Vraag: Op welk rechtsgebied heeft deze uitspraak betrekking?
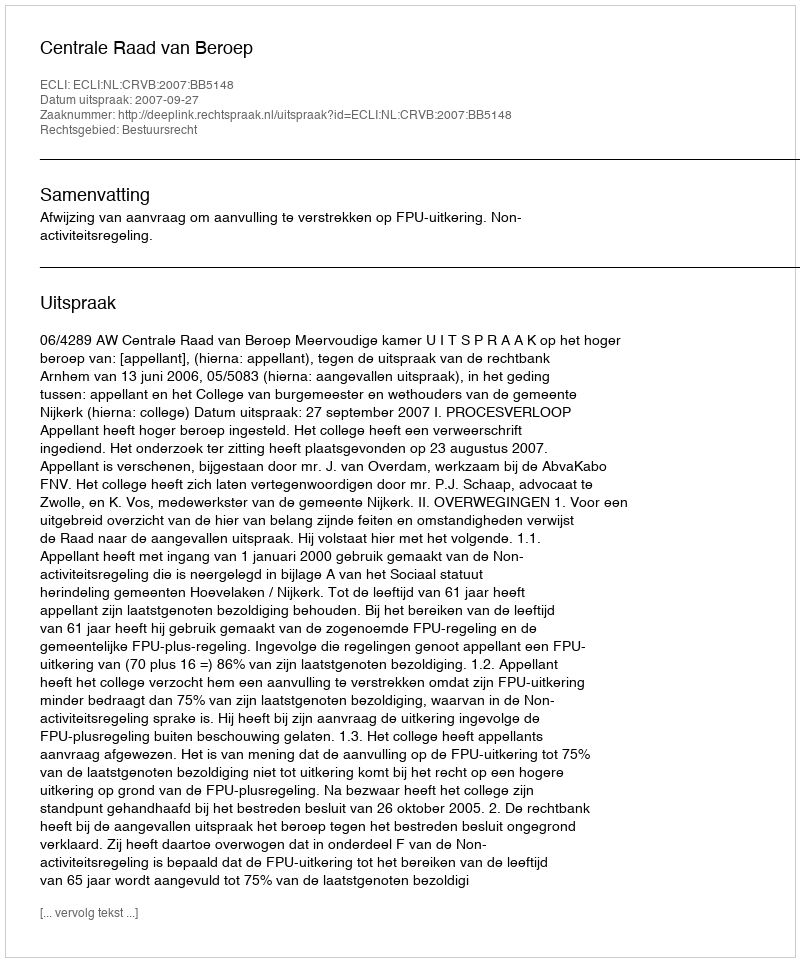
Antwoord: Bestuursrecht